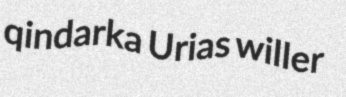
qindarka Urias willer